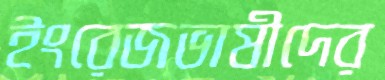
ইংরেজভাষীদের